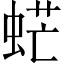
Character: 𧋽